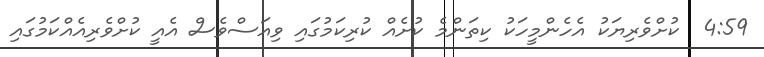
4:59  ކުށްވެރިޔަކު އެހެންމީހަކު ކިތަންމެ ކުށެއް ކުރިކަމުގައި ވިއަސްވެސް އެއީ ކުށްވެރިއެއްކަމުގައި